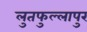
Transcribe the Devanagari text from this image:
लुतफुल्लापुर